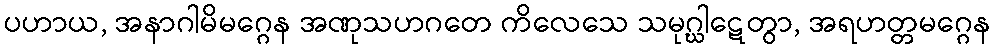
ပဟာယ, အနာဂါမိမဂ္ဂေန အဏုသဟဂတေ ကိလေသေ သမုဂ္ဃါဋေတွာ, အရဟတ္တမဂ္ဂေန